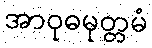
အာဝုဓမုတ္တမံ